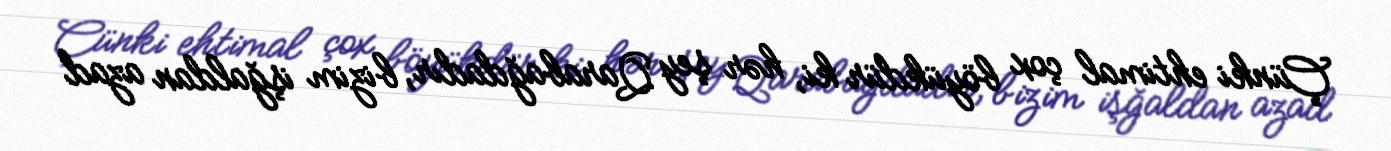
Çünki ehtimal çox böyükdür ki, hər şey Qarabağdadır, bizim işğaldan azad